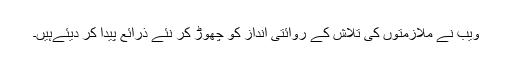
ویب نے ملازمتوں کی تلاش کے روائتی انداز کو چھوڑ کر نئے ذرائع پیدا کر دیئےہیں۔